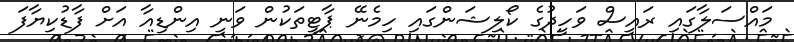
މައްސަލާގައި ރައީސް ވަހީދުގެ ކޯލިޝަންގައި ހިމެނޭ ޕާޓީތަކުން ވަނީ އިންޑިއާ އަށް ފާޑުކިޔާފަ